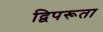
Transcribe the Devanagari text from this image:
द्विपरूता